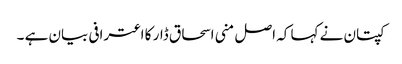
کپتان نے کہا کہ اصل منی اسحاق ڈار کا اعترافی بیان ہے ۔